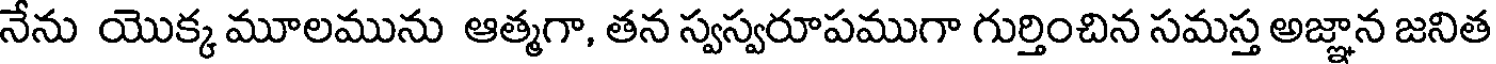
నేను యొక్క మూలమును ఆత్మగా, తన స్వస్వరూపముగా గుర్తించిన సమస్త అజ్ఞాన జనిత